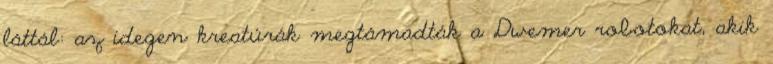
láttál: az idegen kreatúrák megtámadták a Dwemer robotokat, akik